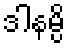
ဒါနမ္ပိ